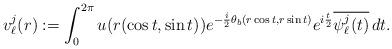
LaTeX: \begin{align*} v_\ell^j(r): = \int_0^{2\pi} u(r(\cos t,\sin t))e^{-\frac i2 \theta_b(r\cos t,r\sin t)}e^{i\frac t2} \overline{\psi_\ell^j(t)}\,dt. \end{align*}